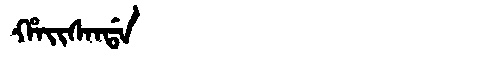
Manchu: ᡥᠠᡳᠰᠠᠨᡩᠠ
Romanization: HAISANDA